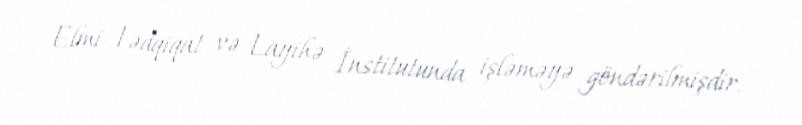
Elmi-Tədqiqat və Layihə İnstitutunda işləməyə göndərilmişdir.